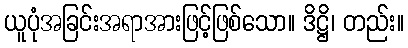
ယူပုံအခြင်းအရာအားဖြင့်ဖြစ်သော။ ဒိဋ္ဌိ၊ တည်း။